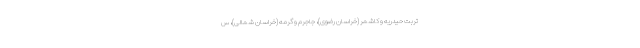
تربت حیدریه و کاشمر (خراسان رضوی)، جاجرم و گرمه (خراسان شمالی)، س